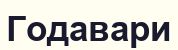
Годавари